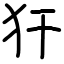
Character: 犴